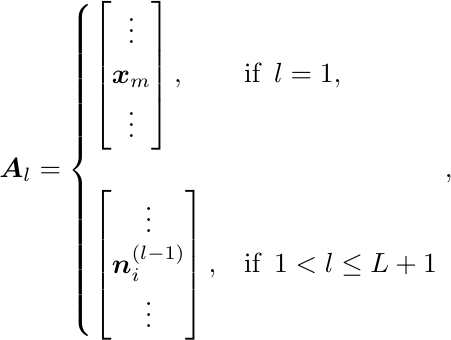
\begin{equation}
\boldsymbol{A}_l =
\begin{cases}
\begin{bmatrix}
\vdots\\
\boldsymbol{x}_m\\
\vdots
\end{bmatrix}, & \text{if} \,\,\, l = 1,\\
\\
\begin{bmatrix}
\vdots\\
\boldsymbol{n}_{i}^{(l-1)}\\
\vdots
\end{bmatrix}, & \text{if} \,\,\, 1 < l \leq L + 1\\
\end{cases},
\nonumber
\end{equation}